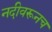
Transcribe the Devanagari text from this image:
नदीवरूनच